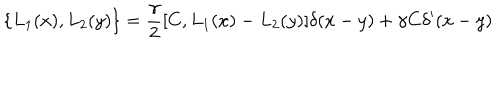
\{ L _ { 1 } ( x ) , L _ { 2 } ( y ) \} = \frac { \gamma } { 2 } [ C , L _ { 1 } ( x ) - L _ { 2 } ( y ) ] \delta ( x - y ) + \gamma C \delta ^ { \prime } ( x - y )